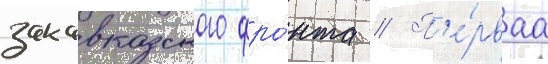
закавказского фро́нта // П'е́рваа